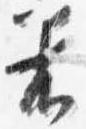
着